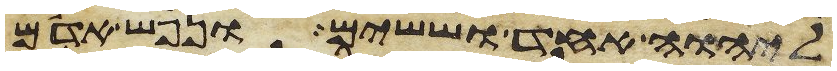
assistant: ליהוה אחד וששים ונפש אדם